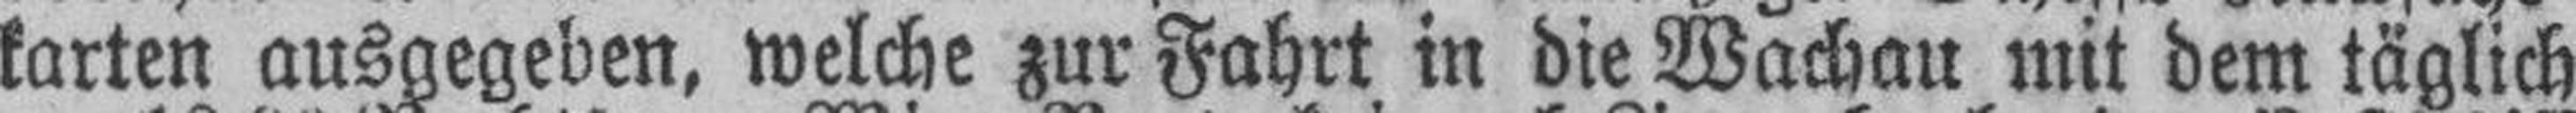
karten ausgegeben, welche zur Fahrt in die Wachau mit dem täglich